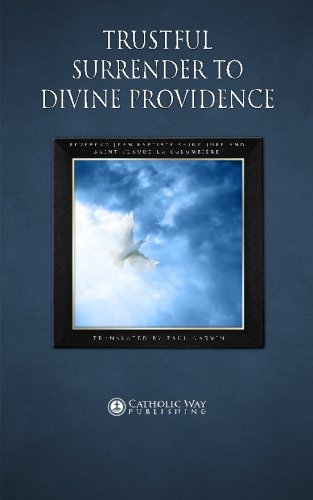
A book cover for Trustful Surrender to Divine Providence; Reverend Jean Baptiste Saint-Jure and Saint Claude La ColombiÃ¨re; Christian Books & Bibles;